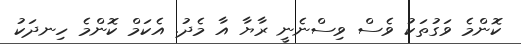
ކޮންމެ ވަގުތަކު ވެސް ވިސްނެނީ ރާޔާ އާ މެދު. އެކަމް ކޮންމެ ހިނދަކު